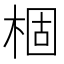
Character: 棝